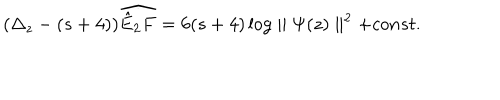
( \Delta _ { z } - ( s + 4 ) ) \widehat { \hat { E } _ { 2 } F } = 6 ( s + 4 ) \log \parallel \Psi ( z ) \parallel ^ { 2 } + c o n s t .